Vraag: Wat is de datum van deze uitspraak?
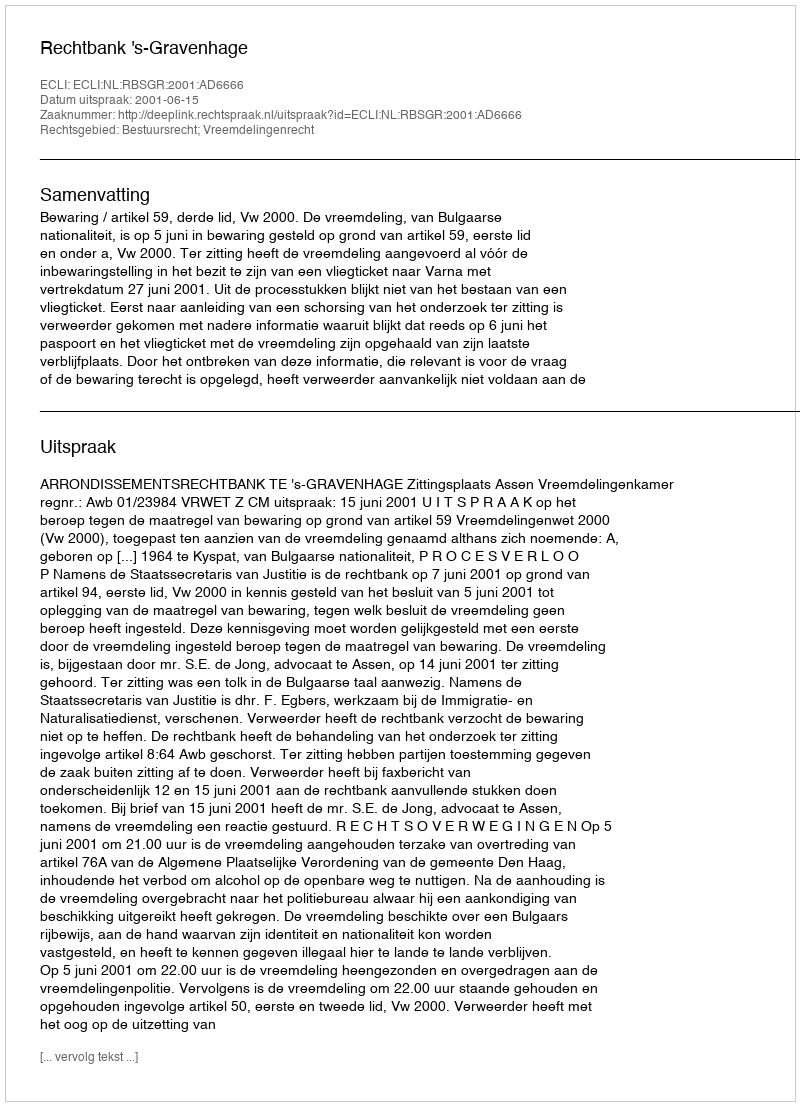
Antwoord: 2001-06-15